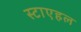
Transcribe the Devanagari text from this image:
स्टाएहल